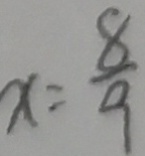
x = \frac { 8 } { 9 }